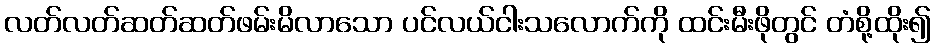
လတ်လတ်ဆတ်ဆတ်ဖမ်းမိလာသော ပင်လယ်ငါးသလောက်ကို ထင်းမီးဖိုတွင် တံစို့ထိုး၍